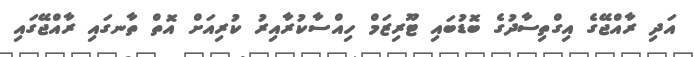
އަދި ރާއްޖޭގެ އިގްތިސާދުގެ ބޮޑުބައި ޓޫރިޒަމް ހިއްސާކުރާއިރު ކުރިއަށް އޮތް ތާނގައި ރާއްޖޭގައި